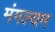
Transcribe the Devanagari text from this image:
मंगल्यम